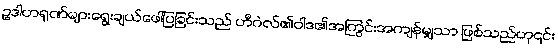
ဥဒါဟရုဏ်များရွေးချယ်ဖေါ်ပြခြင်းသည် ဟီဂဲလ်၏ဝါဒ၏အကြွင်းအကျန်မျှသာ ဖြစ်သည်ဟု၎င်း